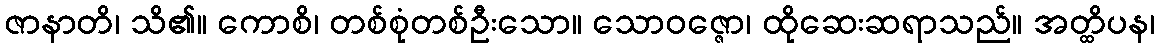
ဇာနာတိ၊ သိ၏။ ကောစိ၊ တစ်စုံတစ်ဦးသော။ သောဝဇ္ဇော၊ ထိုဆေးဆရာသည်။ အတ္ထိပန၊